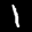
Label: 1